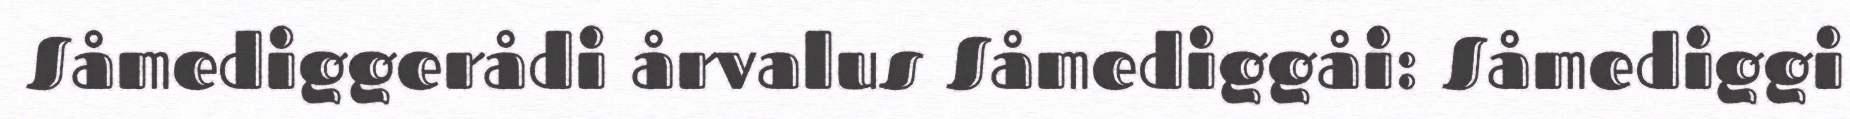
Såmediggerådi årvalus Såmediggåi: Såmediggi